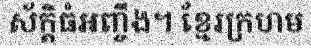
ស័ក្តិធំអញ្ចឹង។ ខ្មែរក្រហម